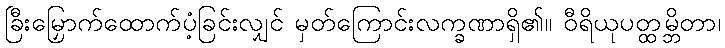
ခြီးမြှောက်ထောက်ပံ့ခြင်းလျှင် မှတ်ကြောင်းလက္ခဏာရှိ၏။ ဝီရိယုပတ္ထမ္ဘိတာ၊